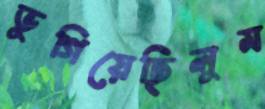
ভুগিয়েছিলুম